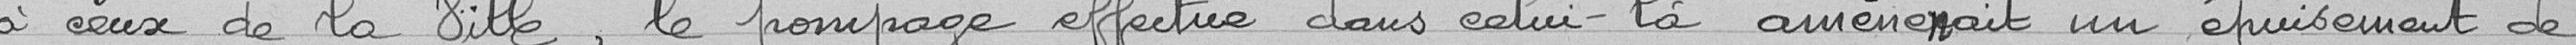
à ceux de la ville, le pompage effectué dans celui-là amènerait un épuisement de